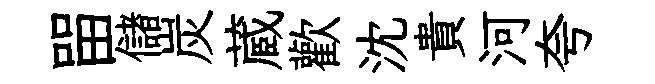
㽞儲炭蔵歡沈貴河夸